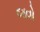
જવો